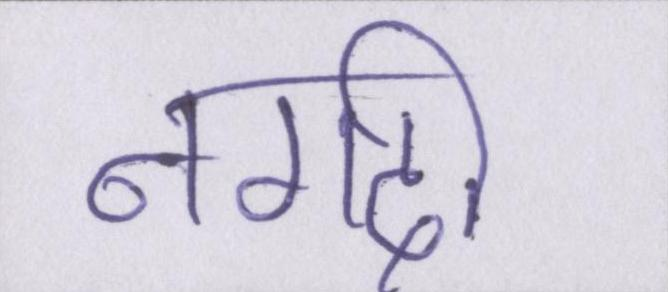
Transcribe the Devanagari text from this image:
नगदी